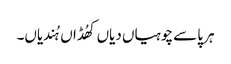
ہر پاسے چوہیاں دیاں کھُڈاں ہُندیاں۔